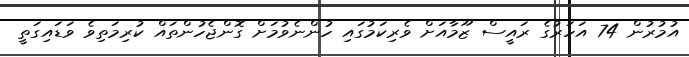
އުމުރުން 74 އަހަރުގެ ރައީސް ޒޫމާއަށް ވެރިކަމުގައި ހުންނެވުމަށް ގޮންޖެހުންތައް ކުރިމަތިވެ ވަޑައިގަތީ